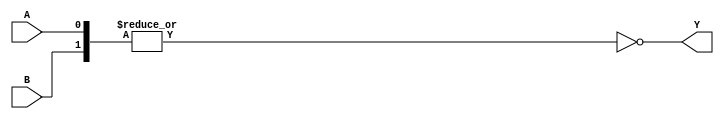
module NOR_e (input A, input B, output Y);

    integer cont_nor = 0;

    assign /*#(`tpdmin_nor:`tpdtyp_nor:`tpdmax_nor)*/ #(1:10:15) Y = ~|{A,B};

    //Se consume energía en las transiciones de 0 a 1 de la salida
    always @ ( posedge Y ) begin
      cont_nor = cont_nor +1;
    end


  endmodule